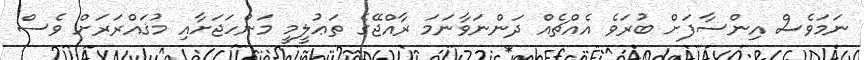
ނަމަވެސް އިންސާފަށް ބުރަވެ އެއްޗެއް ދަންނަވާނަމަ ރާއްޖޭގެ ތަޢުލީމީ މަންހަޖަށާއި މުޤައްރަރަށް ވެސް